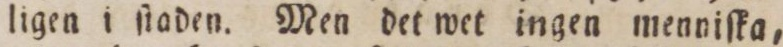
ligen i ſtaden. Men det wet ingen menniſka,